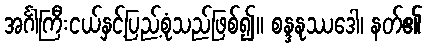
အင်္ဂါကြီးငယ်နှင့်ပြည့်စုံသည်ဖြစ်၍။ စန္ဒနုဿဒေါ၊ နတ်၏